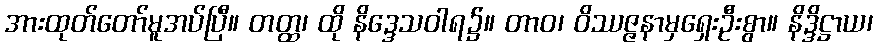
အားထုတ်တော်မူအပ်ပြီ။ တတ္ထ၊ ထို နိဒ္ဒေသဝါရ၌။ တာဝ၊ ဝိဿဇ္ဇနာမှရှေးဦးစွာ။ နိဒ္ဒိဋ္ဌာယ၊